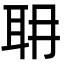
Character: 耼